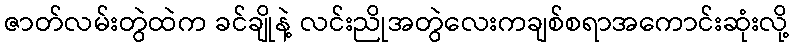
ဇာတ်လမ်းတွဲထဲက ခင်ချိုနဲ့ လင်းညိုအတွဲလေးကချစ်စရာအကောင်းဆုံးလို့